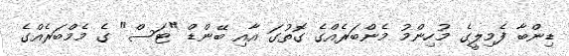
ޑިންބާ ފެމިލީގެ މުހިންމު މެންބަރެއްގެ ގޮތުގަ އާއި ބޭންޑް "ޓަސް" ގެ މެމްބަރެއްގެ